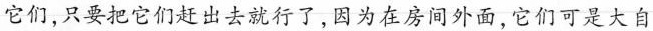
它们，只要把它们赶出去就行了，因为在房间外面，它们可是大自